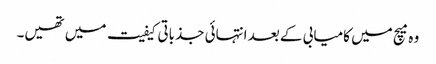
وہ میچ میں کامیابی کے بعد انتہائی جذباتی کیفیت میں تھیں۔